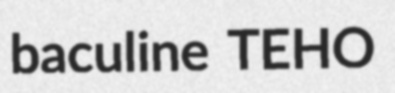
baculine TEHO